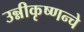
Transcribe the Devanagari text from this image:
उन्नीकृष्णन्चे